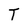
Character: T